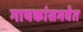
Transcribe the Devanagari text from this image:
गायकांसमवेत